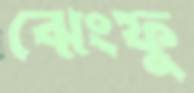
ঝেংফু